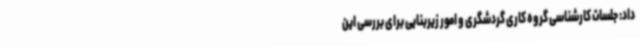
داد: جلسات کارشناسی گروه کاری گردشگری و امور زیربنایی برای بررسی این